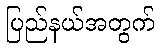
ပြည်နယ်အတွက်